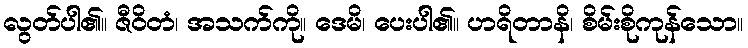
လွတ်ပါ၏။ ဇီဝိတံ၊ အသက်ကို။ ဒေမိ၊ ပေးပါ၏။ ဟရိတာနိ၊ စိမ်းစိုကုန်သော။